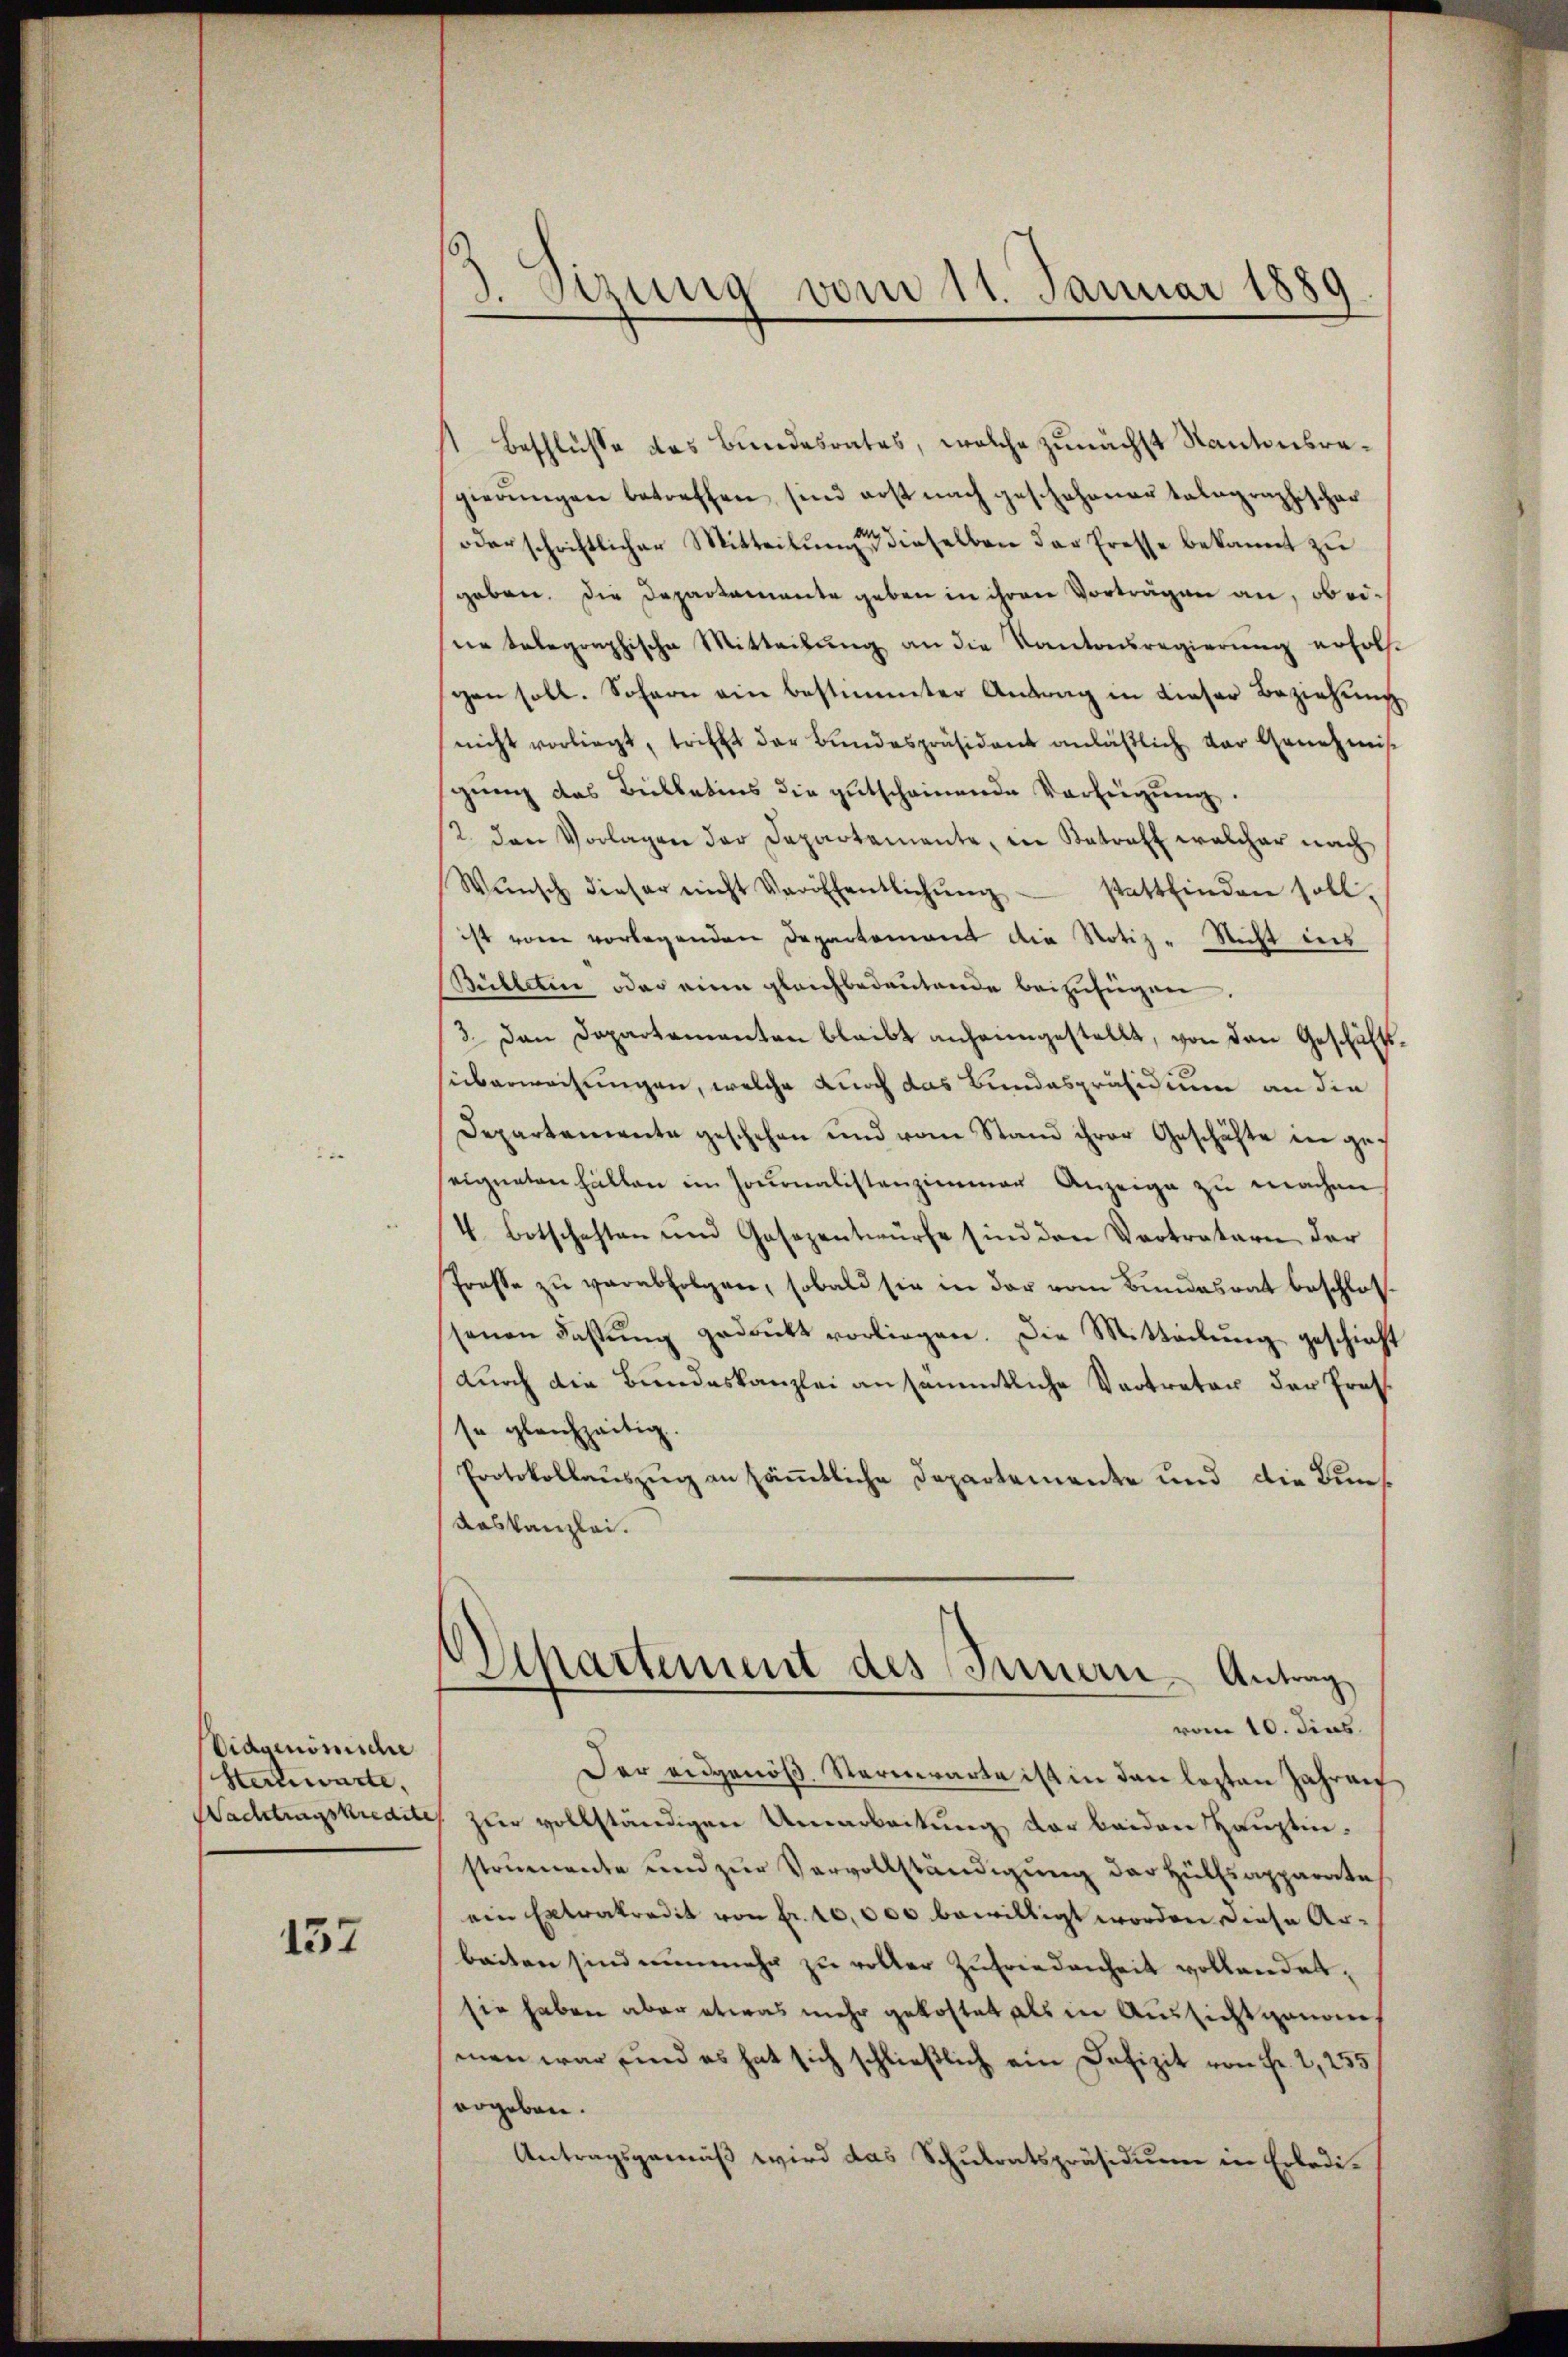
Vidoenömische
Stenwarte,

137

¬
3Stzung vom 11. Januar 1889

t Beschlüsse des Bundesrates, welche zunächst Kantonsragierŭngen betreffen sind erst nach geschehener talographischer
oder schriftlicher Mitteilung dieselben der Eresse bekannt zu
geben. Die Departemente geben in ihren Vorträgen an, ob eisne telegraphische Mitteilŭng an die Kantonsregierŭng erhols-
gen soll. Sofern ein bestimmter Antrag in dieser Beziehung
nicht vorliegt, trifft der Bundespräsident anläßlich der Genehmisgung des Bullatins die gutscheinende Verfeigung.
2. den Vorlagen der Departemente, in Betreff welcher nach
Wŭnsch dieser nicht Veröffentlichŭng stattfinden soll.
ist vom vorlegenden Departement die Notiz - Nicht ins
Bülletin oder eine gleichbedeutende beizufügen.
3. Den Departementen bleibt anheimgestellt, von den Geschäftsüberwachungen, welche durch das Bundespräsidium an die
Departemente geschehen und vom Stand ihrer Geschäfte in geseigneten hällen im Journalistenzimmer Anzeige zŭ machen
4 Botschaften und Gesezentwürfe sind den Vertratern der
Prosse zu verabfolgen, sobald sie in der vom Bundesrat beschlossenen Fastŭng gedrukt vorliegen. Die Mitteilŭng geschieht
durch die Bundeskanzlei ansämmtliche Vertreter der Prof.
se gleichzeitig.
Protokollauszug an sämmtliche Departemente und die Kuns¬
Aaskanzlei.
Separtement des Innern, Antrag
vom 10. dies
Der eidgenöß. Sternwarte ist in den lezten Jahren
Wachtragskredites zur vollständigen Umarbeitung der beiden Hauptinstrumente und zur Vervollständigung der Hülfsapparate
ein Extratradit von Fr. 10,000 bewilligt worden diese Arbeiten sind nunmehr zu voller Zufriedenheit vollandelssie haben aber etwas mehr gekostet als in Aussichtgenommen war und es hat sich schließlich ein Defizit von Fr. 2,255
ergeben.
Antragsgemäß wird das Schulratspräsidium in Erledi¬